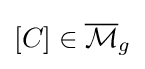
[C]\in {\overline {\mathcal {M}}}_{g}